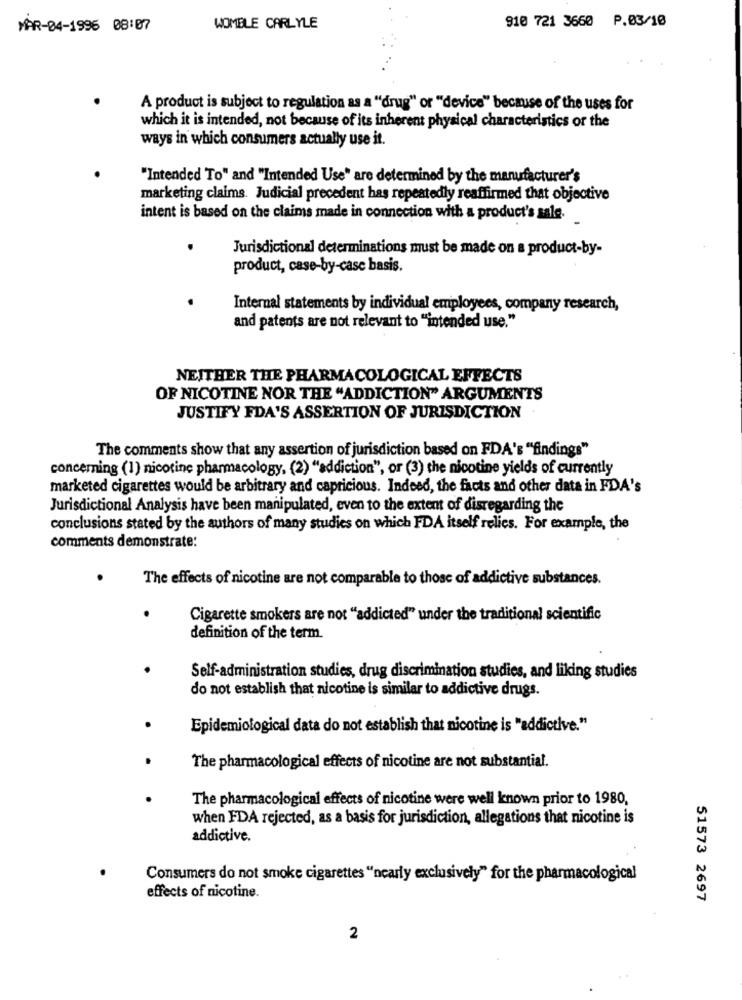
910 721 3660 P.03/10
MAR-04-1996 08:07
WOMBLE CARLYLE
A product is subject to regulation as a "drug" or "device" because of the uses for
which it is intended, not because of its inherent physical characteristics of the
ways in which consumers actually use it.
"Intended To" and "Intended Use" are determined by the manufacturer's
marketing claims. Judicial precedent has repeatedly reaffirmed that objective
intent is based on the claims made in connection with a product's sale.
Jurisdictional determinations must be made on a product-by-
product, case-by-case basis.
Internal statements by individual employees, company research,
and patents are not relevant to "intended use."
NEITHER THE PHARMACOLOGICAL EFFECTS
OF NICOTINE NOR THE "ADDICTION" ARGUMENTS
JUSTIFY FDA'S ASSERTION OF JURISDICTION
The comments show that any assertion of jurisdiction based on FDA's "findings"
concerning (1) nicotine pharmacology, (2) "addiction", or (3) the nicotine yields of currently
marketed cigarettes would be arbitrary and capricious. Indeed, the facts and other data in FDA's
Jurisdictional Analysis have been manipulated, even to the extent of disregarding the
conclusions stated by the authors of many studies on which FDA itself relies. For example, the
comments demonstrate:
The effects of nicotine are not comparable to those of addictive substances.
Cigarette smokers are not "addicted" under the traditional scientific
definition of the term.
Self-administration studies, drug discrimination studies, and liking studies
do not establish that nicotine is similar to addictive drugs.
Epidemiological data do not establish that nicotine is "addictive."
The pharmacological effects of nicotine are not substantial.
The pharmacological effects of nicotine were well known prior to 1980,
when FDA rejected, as a basis for jurisdiction, allegations that nicotine is
addictive.
Consumers do not smoke cigarettes "nearly exclusively" for the pharmacological
effects of nicotine.
51573 2697
2